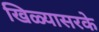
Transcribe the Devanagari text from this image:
खिळ्यासरके